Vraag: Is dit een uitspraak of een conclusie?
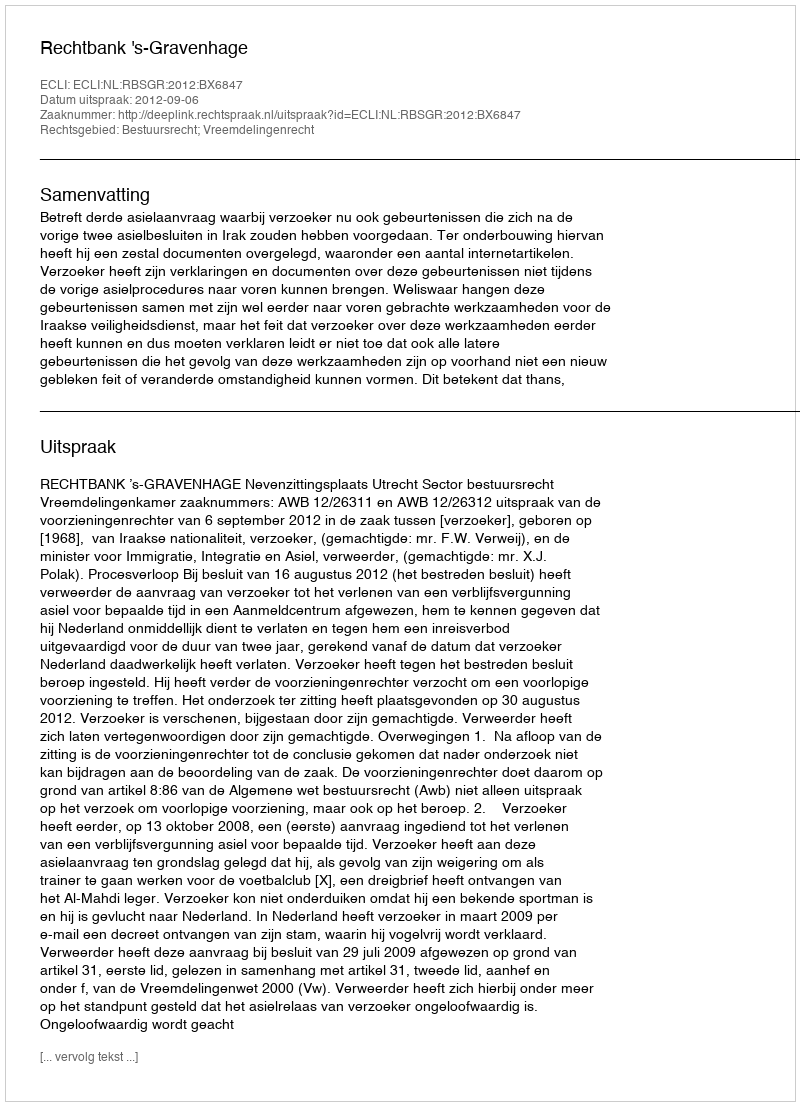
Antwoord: Uitspraak